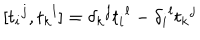
[ t _ { i } { } ^ { j } , t _ { k } { } ^ { l } ] = \delta _ { k } { } ^ { j } t _ { i } { } ^ { l } - \delta _ { i } { } ^ { l } t _ { k } { } ^ { j }